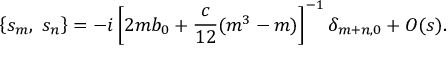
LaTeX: \left\{ s _ { m } , \ s _ { n } \right\} = - i \left[ 2 m b _ { 0 } + \frac { c } { 1 2 } ( m ^ { 3 } - m ) \right] ^ { - 1 } \delta _ { m + n , 0 } + { \cal O } ( s ) .